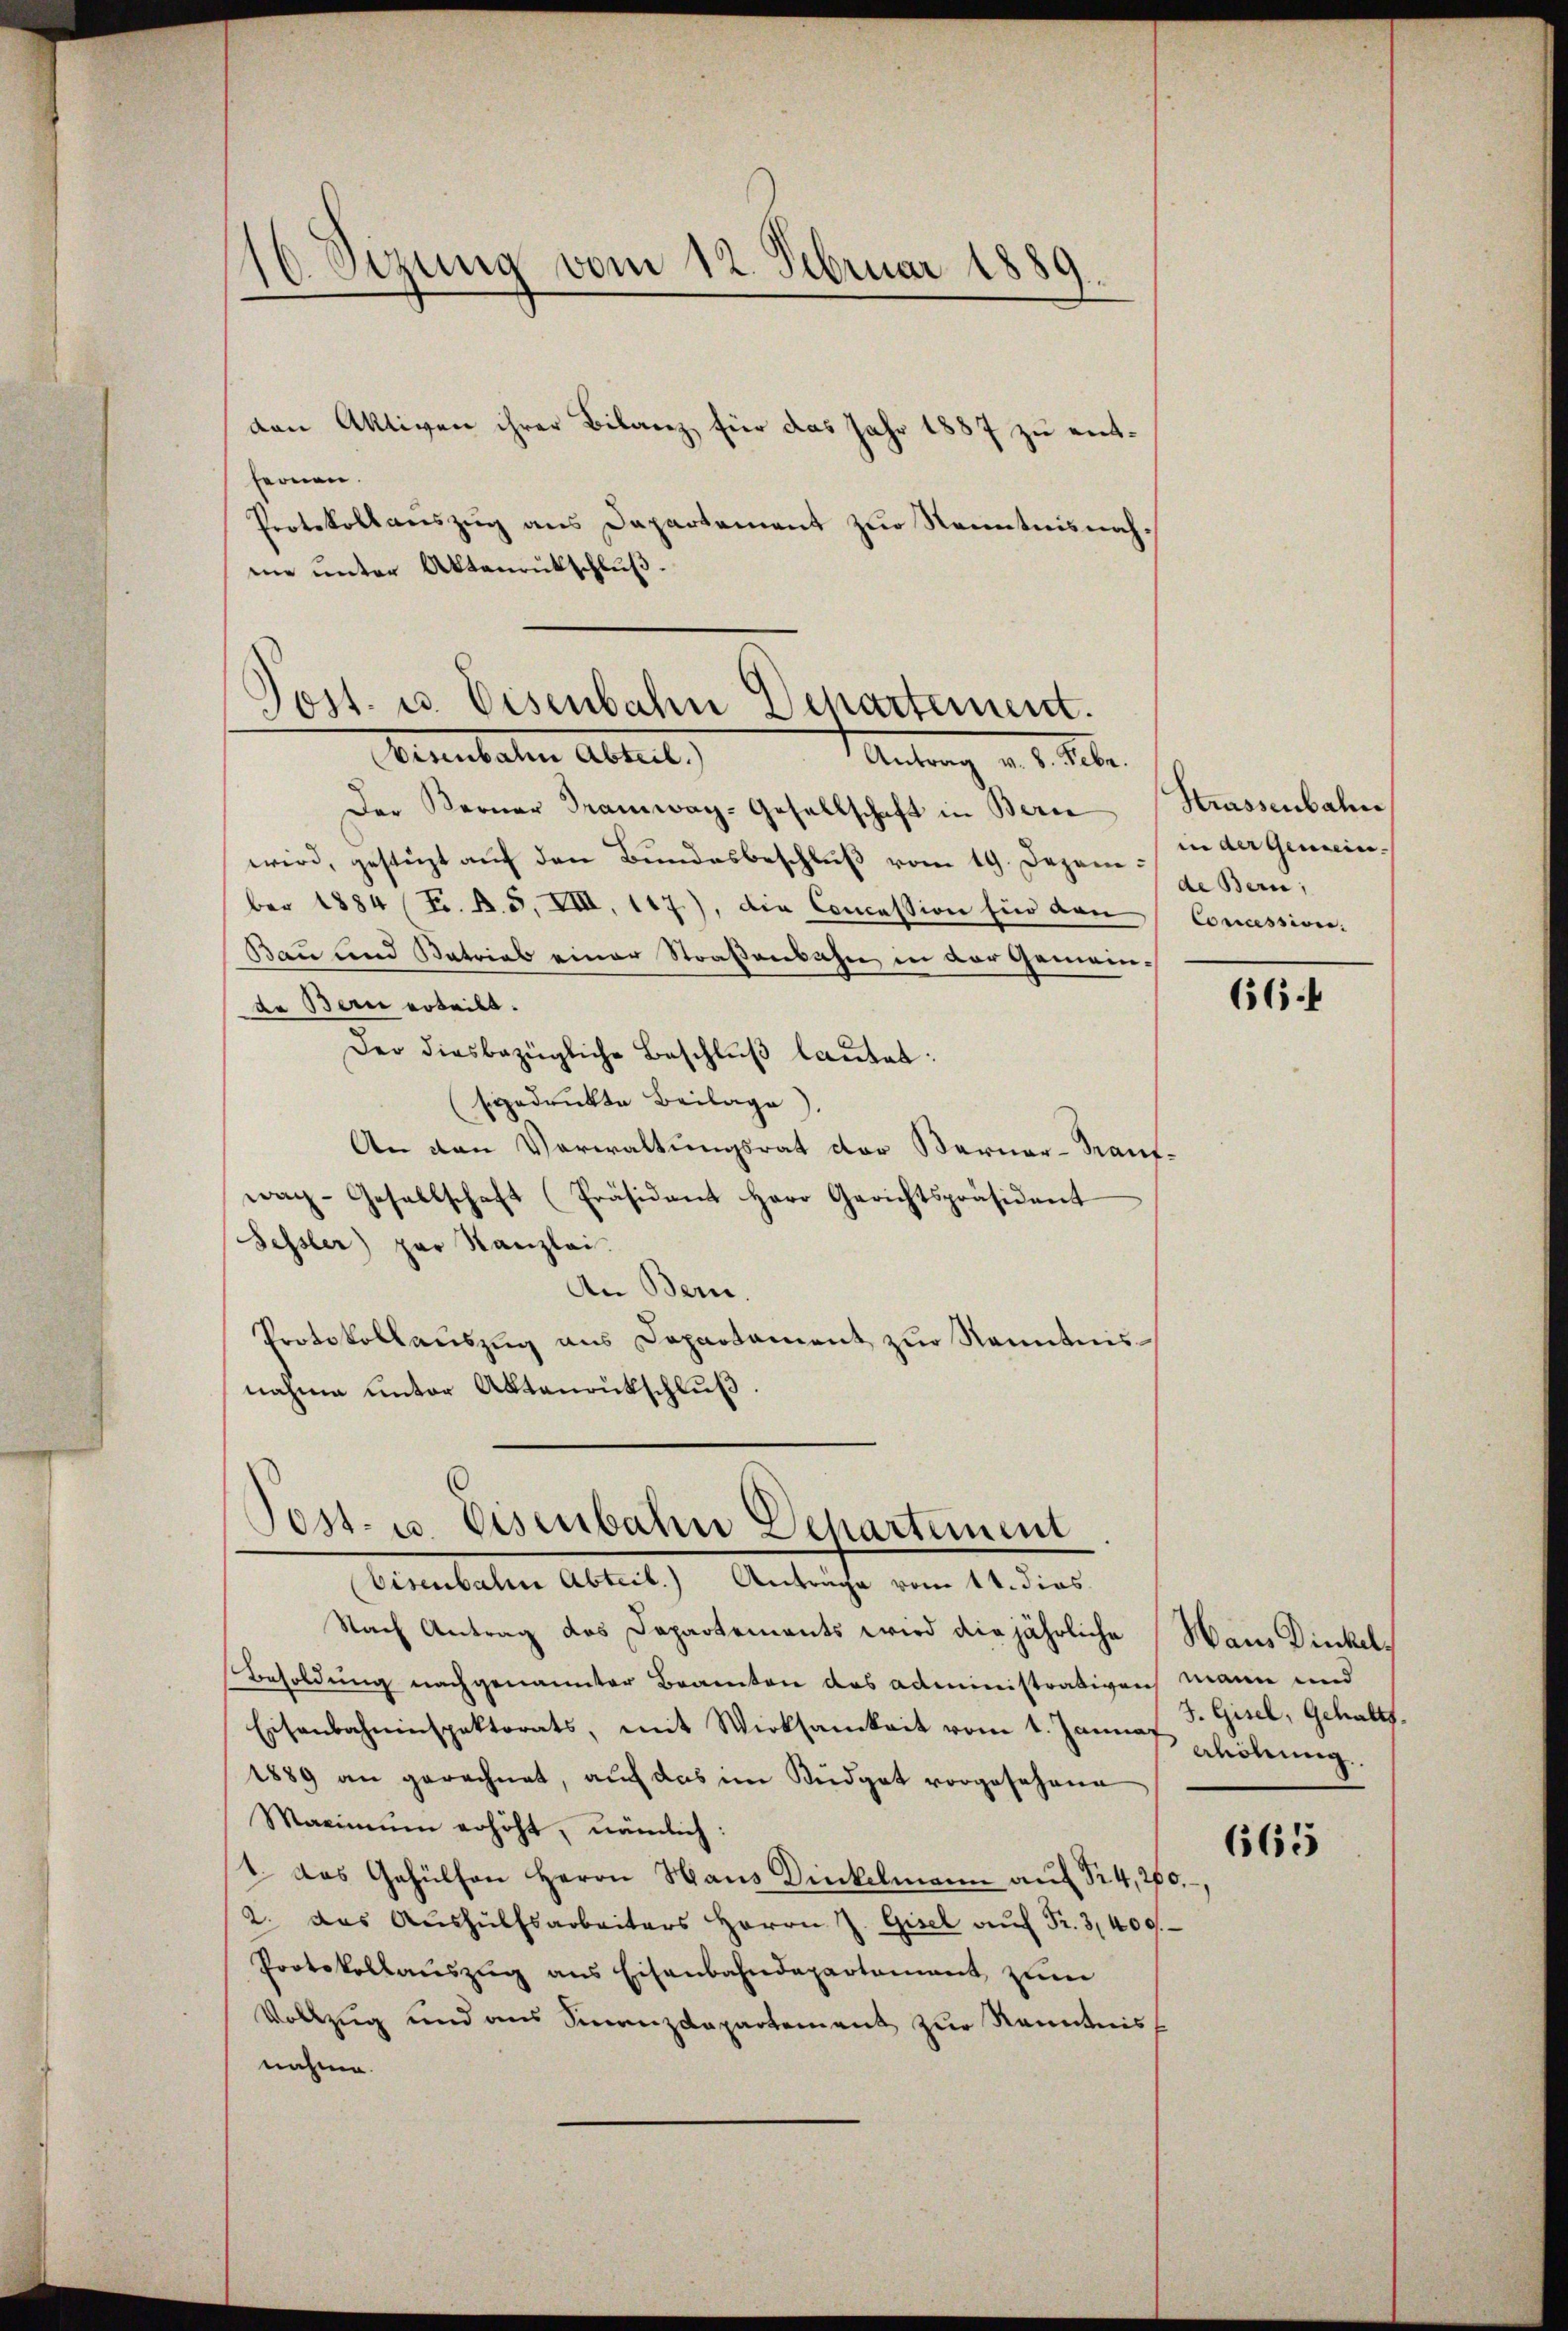
d. Sizung vom 12. Februar 1889.
¬

den Aktiven ihrer Bilanz für das Jahr 1887 zu entfernen.
Protokollauszug aus Dapartement zur Kenntnisnahme unter Aktenrütschluß.

1
d
ost. u. Eisenbahn Departement.
Benutalen Abteil,
Antung d. d. M.

Der Berner Tramwag-Gesellschaft in Bern (Strassenbahn
wird, gestüzt aŭf den Bundesbeschlŭβ vom 19. Dezember 1884 (F. B. 5, VIII, 117.), die Concession für dan
Bau und Natrias einer Straßenbahn in der Gemeinde Bern erteilt.
Der diesbezügliche Beschluß lautet:
bgedruckte Beilage).
An den Verwaltungsrat der Berner-Kaufwach-Gesellschaft (Präsident Herr Gerichtspräsident
Fessler) par Kanzlei.
An Bern.
Protokollauszug aus Departament zur Kenntnisnahme unter Aktenrückschluß.

Post- u. Eisenbahn Departement
Eisenbahne Abteil.) Anträge vom 14. dies

in der Gemein-
de Bern,
Concession.

Nach Antrag des Departements wird die jährliche Haus Dinkel¬
Besoldung nachgenannter Beamten das administrativen mann und
Eisenbahninspektorats, mit Wirksamkeit vom 1. Januar holennig.
1889 an gerechnet, auf das im Büdget vorgesehene
Maximum erhöht, nämlich:
1. Das Gehülfen Herrn Haus Dinkelmann auf 124, 200.
2. das Aŭshülfsarbeiters Herrn J. Gisel aŭf Fr. 3400.
Protokollauszug aus Eisenbahndepartement zum
Vollzug und aus Finanzdepartement zur Kenntniss
nahme.

66

J. Gisel, Gehalts.

665